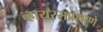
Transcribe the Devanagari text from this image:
व्हायरसप्रमाणे